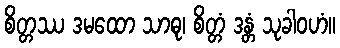
စိတ္တဿ ဒမထော သာဓု၊ စိတ္တံ ဒန္တံ သုခါဝဟံ။